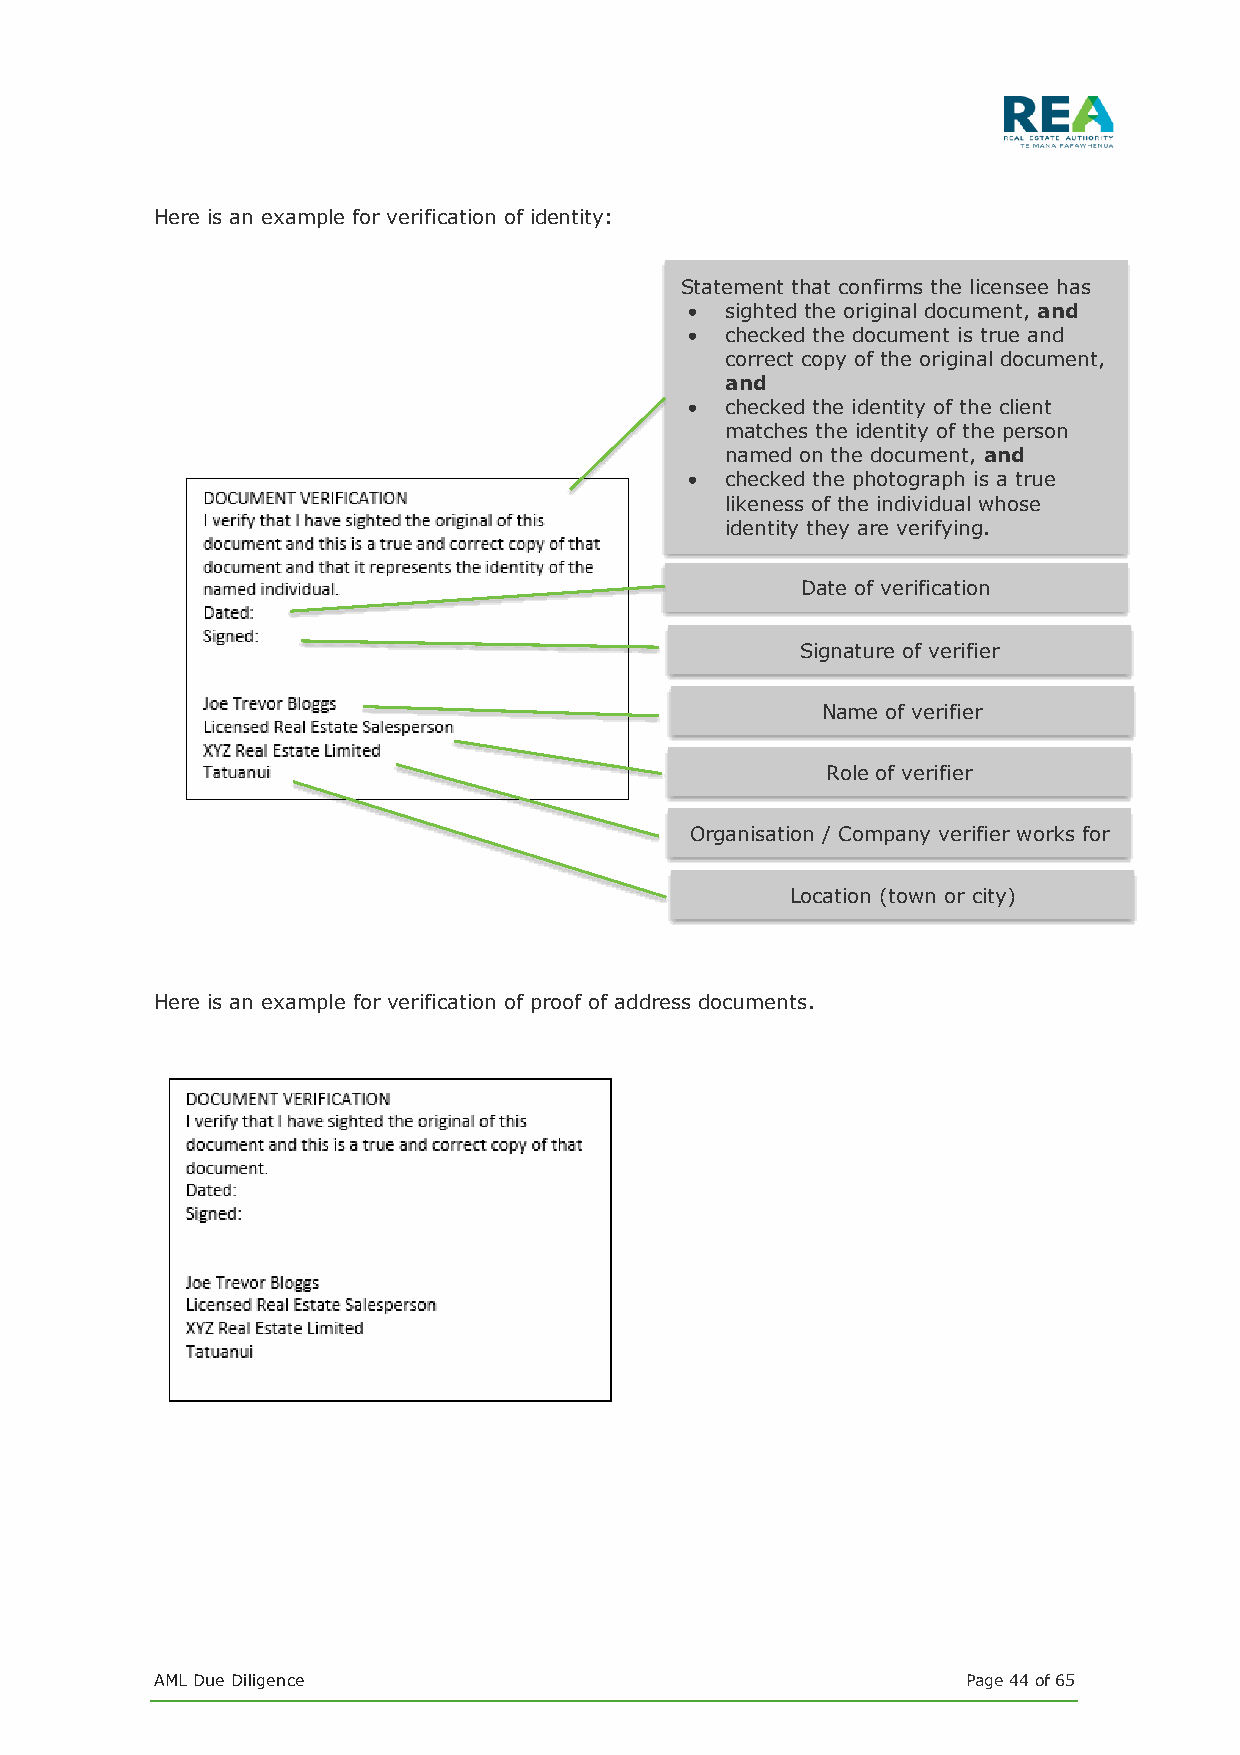
Here is an example for verification of identity:
 Statement that confirms the licensee has
 • sighted the original document, and
 • checked the document is true and
 correct copy of the original document,
 and
 • checked the identity of the client
 matches the identity of the person
 named on the document, and
 • checked the photograph is a true
 likeness of the individual whose
 identity they are verifying.
 Date of verification
 Signature of verifier
 Name of verifier
 Role of verifier
 Organisation / Company verifier works for
 Location (town or city)
 Here is an example for verification of proof of address documents.
 AML Due Diligence                                     Page 44 of 65